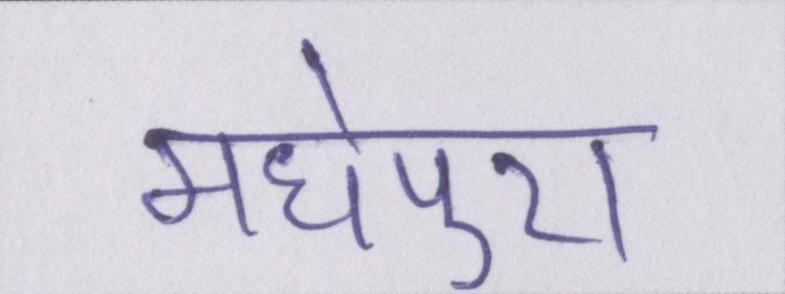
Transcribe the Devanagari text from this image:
मधेपुरा